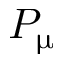
P _ { \upmu }